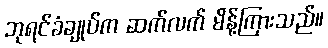
ဘုရင်ခံချုပ်က ဆက်လက် မိန့်ကြားသည်။